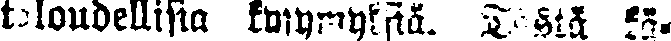
taloudellisia kysymyksiä. Tästä kä-